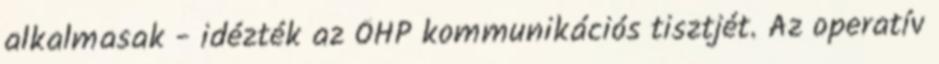
alkalmasak - idézték az ÖHP kommunikációs tisztjét. Az operatív